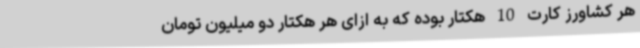
هر کشاورز کارت 10 هکتار بوده که به ازای هر هکتار دو میلیون تومان